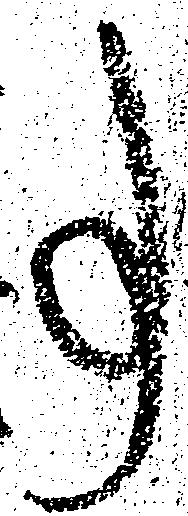
事